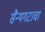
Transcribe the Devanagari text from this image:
सैन्यगटाचा